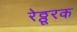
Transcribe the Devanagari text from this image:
रेठ्ठूरक